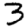
Digit: 3